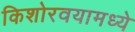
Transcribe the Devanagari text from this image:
किशोरवयामध्ये